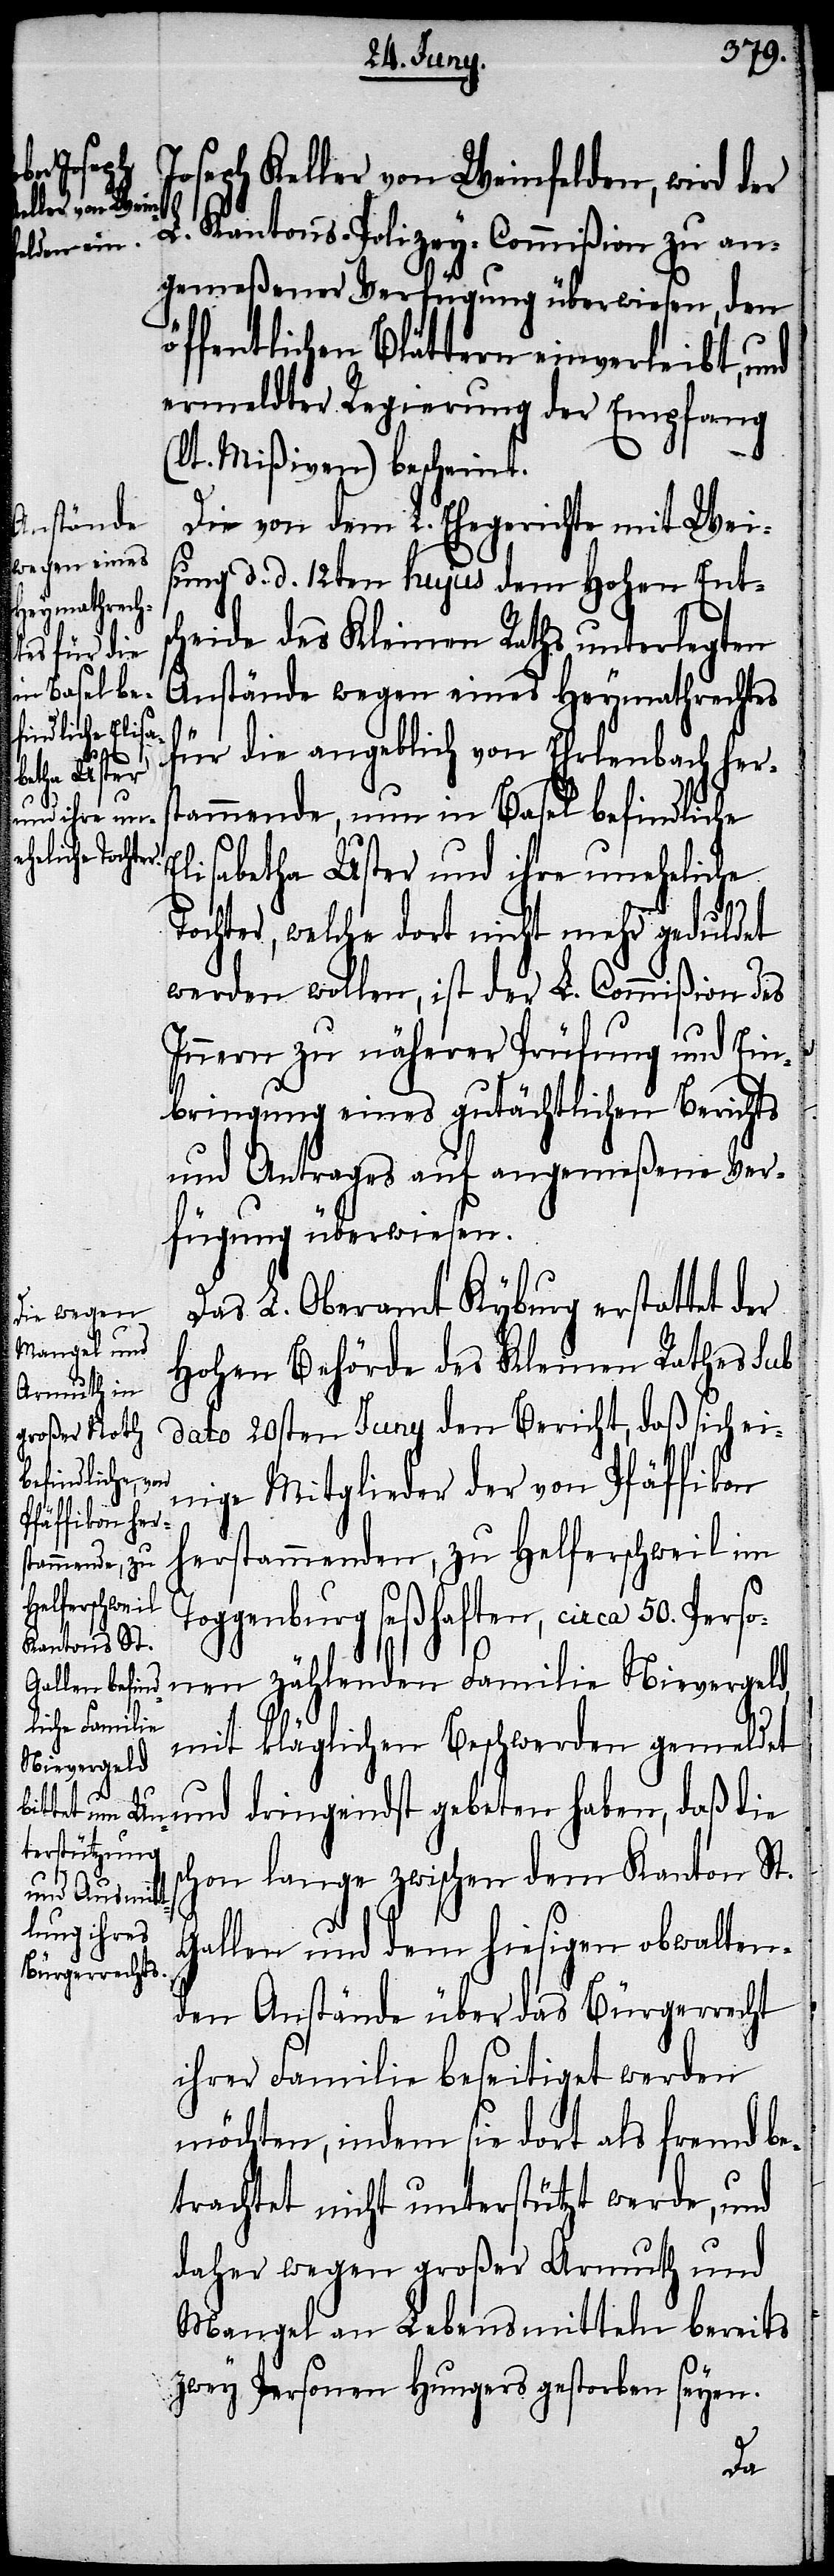
Perso¬
50.

Joseph Keller von Weinfelden, wird der
L. Kantons-Polizey-Commißion zu an¬
gemeßener Verfügung überwiesen, den
öffentlichen Blättern einverleibt, und
ermeldter Regierung der Empfang
(lt. Mißiven) bescheint.
Die von dem L. Ehegerichte mit Wei¬
sung d. d. 12ten hujus dem Hohen Ents¬
cheide des Kleinen Raths unterlegten
Anstände wegen eines Heymathrechtes
s¬
für die angeblich von Ehrlenbach hers¬
tammende, nun in Basel befindliche
Elisabetha Uster und ihre uneheliche
Tochter, welche dort nicht mehr geduldet
werden wollen, ist der L. Commißion des
Innern zu näherer Prüfung und Ein¬
bringung eines gutächtlichen Berichts
und Antrages auf angemeßene Ver¬
fügung überwiesen.
Das L. Oberamt Kyburg erstattet der
Hohen Behörde des Kleinen Rathes sub
dato 20sten Juny den Bericht, daß sich ei¬
nige Mitglieder der von Pfäffikon
herstammenden, zu Helferschweil im
ggenburg seßhaften, circa
nen zählenden Familie Nievergeld,
mit kläglichen Beschwerden gemeldet
und dringendst gebeten haben, daß die
chon lange zwischen dem Kanton St.
Gallen und dem hiesigen obwalten¬
den Anstände über das Bürgerrecht
ihrer Familie beseitigt werden
möchten, indem sie dort als fremd be¬
trachtet nicht unterstützt werde, und
daher wegen großer Armuth und
Mangel an Lebensmitteln bereits
zwey Personen Hungers gestorben seyen.
To¬